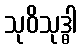
သုဝိသုဒ္ဓါ